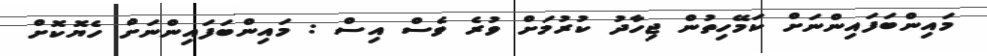
މައިންބަފައިންނަށް ކަމޭހިތުން ޖިހާދު ކުރުމަށް ވުރެ ވެސް އިސް : މައިންބަފައިންނަށް ހެޔޮކޮށް